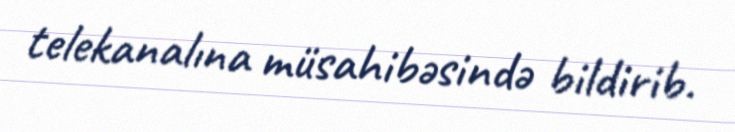
telekanalına müsahibəsində bildirib.